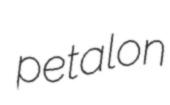
petalon